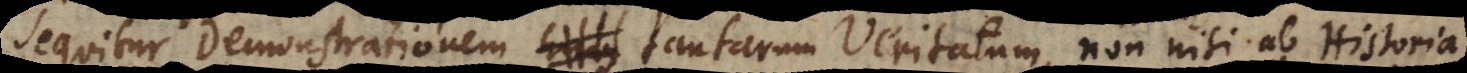
sequitur demonstrationem tantarum Veritatum non nisi ab Historia